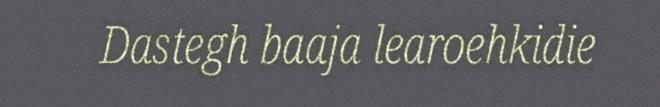
Dastegh baaja learoehkidie